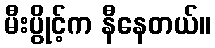
မီးပွိုင့်က နီနေတယ်။